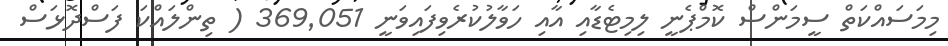
މިމަސައްކަތް ސީމަންސް ކޮމްޕެނީ ލިމިޓެޑާއި އާއި ހަވާލުކުރެވިފައިވަނީ 369